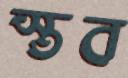
স্তব